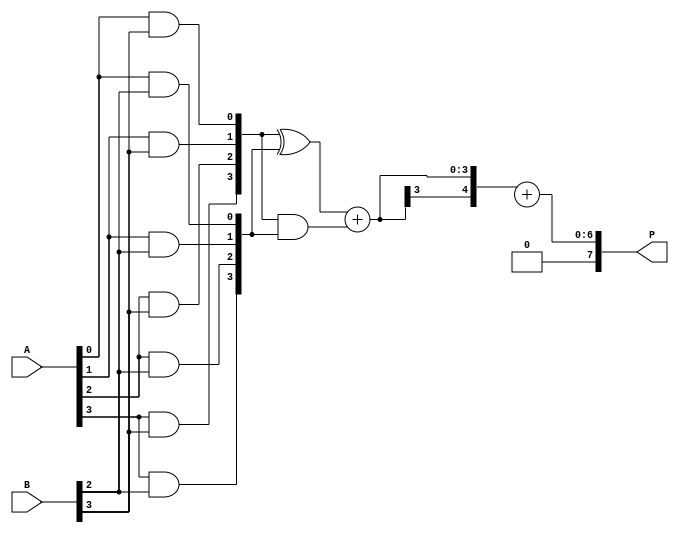
module dadda_multiplier #(
    parameter N = 4   // Change N as needed for different bit widths
)(
    input  wire [N-1:0] A,
    input  wire [N-1:0] B,
    output wire [2*N-1:0] P
);

// Internal signals for partial products
wire [N-1:0] partial_products[N-1:0];

// Generate Partial Products
genvar i, j;
generate
    for (i = 0; i < N; i = i + 1) begin : pp_gen
        for (j = 0; j < N; j = j + 1) begin : pp_and
            assign partial_products[i][j] = A[j] & B[i];
        end
    end
endgenerate

// Reduction Tree
wire [N + 1:0] sum[N:0];  // Using N + 1 to hold extra carry
wire [N:0] carry [2*N-1:0];  // Carry bits for adders
wire [N:1] full_add_out [N-1:0];  // Outputs from full adders
wire [N:0] half_add_out [N-1:0]; // Outputs from half adders

// First Stage Reduction
genvar k;
generate
    for (k = 0; k < N; k = k + 1) begin : first_stage
        if (k == 0) begin
            // First row - only pass through
            assign sum[k] = {1'b0, partial_products[k]};
        end else begin
            // Reduce using half adders and full adders
            assign half_add_out[k-1] = partial_products[k] ^ partial_products[k-1];
            assign carry[k-1] = partial_products[k] & partial_products[k-1];
            assign full_add_out[k-1] = half_add_out[k-1][N-1:0] + carry[k-1][N-1:0];
            assign sum[k] = {full_add_out[k-1][N], full_add_out[k-1]};
        end
    end
endgenerate

// ... Additional stages would go here depending on the number of bits N
// This is a simplified example and does not fully implement the reduction tree.
// In a complete design, you would continue reducing until you only have 2 rows.

wire [2*N-1:0] final_sum;

// Final Addition - for two rows (implement a full adder to combine them)
assign final_sum = sum[N-1] + sum[N];

// Output assignment
assign P = final_sum;

endmodule